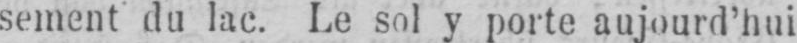
sement du lac. Le sol y porte aujourd’hui